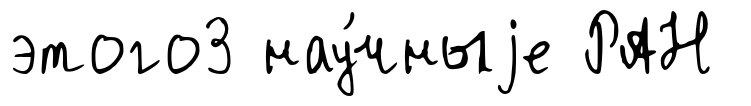
этого3 нау́чныjе РАН